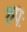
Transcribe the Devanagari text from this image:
रुपः